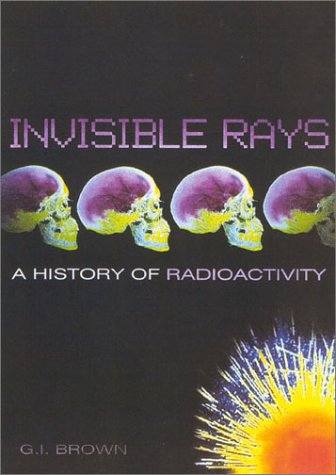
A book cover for Invisible Rays: A History of Radioactivity; G. I. Brown; Science & Math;